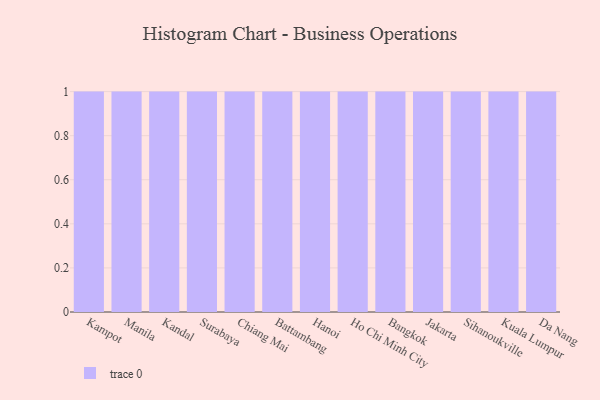
{"axis": {"x": "City", "y": "Latency (ms)"}, "legend": [""], "data": [{"x": "Kampot", "y": 28, "type": ""}, {"x": "Manila", "y": 51, "type": ""}, {"x": "Kandal", "y": 1, "type": ""}, {"x": "Surabaya", "y": 2, "type": ""}, {"x": "Chiang Mai", "y": 54, "type": ""}, {"x": "Battambang", "y": 88, "type": ""}, {"x": "Hanoi", "y": 43, "type": ""}, {"x": "Ho Chi Minh City", "y": 26, "type": ""}, {"x": "Bangkok", "y": 22, "type": ""}, {"x": "Jakarta", "y": 99, "type": ""}, {"x": "Sihanoukville", "y": 5, "type": ""}, {"x": "Kuala Lumpur", "y": 70, "type": ""}, {"x": "Da Nang", "y": 36, "type": ""}]}